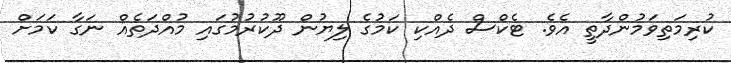
ކުރިމަތިވަމުންދާތީ އެވެ. ޓެކްސް ދެއްކި ކަމުގެ ލިޔުން ދޫކުރުމުގައި މުއްދަތެއް ނަގާ ކަމަށް